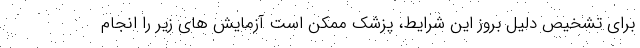
برای تشخیص دلیل بروز این شرایط، پزشک ممکن است آزمایش های زیر را انجام